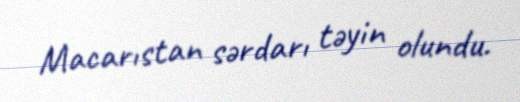
Macarıstan sərdarı təyin olundu.